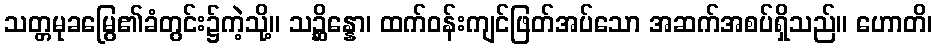
သတ္တမုခမြွေ၏ခံတွင်း၌ကဲ့သို့။ သဉ္ဆိန္နော၊ ထက်ဝန်းကျင်ဖြတ်အပ်သော အဆက်အစပ်ရှိသည်။ ဟောတိ၊